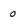
Character: 0